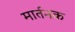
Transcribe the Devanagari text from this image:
मार्तनक